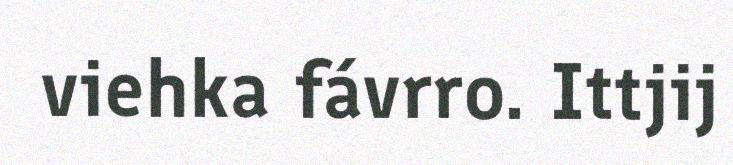
viehka fávrro. Ittjij